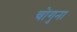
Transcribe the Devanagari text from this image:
चोगुना